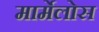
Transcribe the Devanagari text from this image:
मार्मेलोस